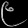
Digit: ၉